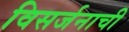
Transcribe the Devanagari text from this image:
विसर्जनाची